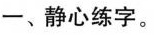
一、静心练字。